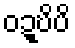
ဝဍ္ဎိပိ